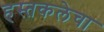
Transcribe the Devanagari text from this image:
हस्तकलेचा